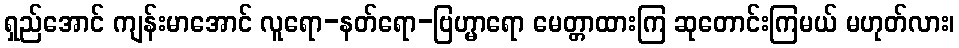
ရှည်အောင် ကျန်းမာအောင် လူရော-နတ်ရော-ဗြဟ္မာရော မေတ္တာထားကြ ဆုတောင်းကြမယ် မဟုတ်လား၊